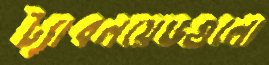
ট্যাবলয়েডগুলো